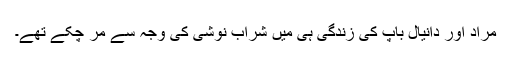
مراد اور دانیال باپ کی زندگی ہی میں شراب نوشی کی وجہ سے مر چکے تھے۔